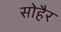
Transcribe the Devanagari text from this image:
सोहैर